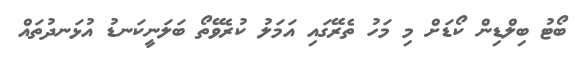
ބޯޓު ބިލްޑިން ކޯޑަށް މި މަހު ތެރޭގައި އަމަލު ކުރެވޭތޯ ބަލަނީކަނޑު އުޅަނދުތައް